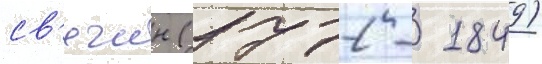
св'ечин (1772 - 1849)